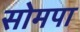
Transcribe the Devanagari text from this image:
सोमपा